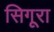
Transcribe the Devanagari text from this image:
सिगूरा